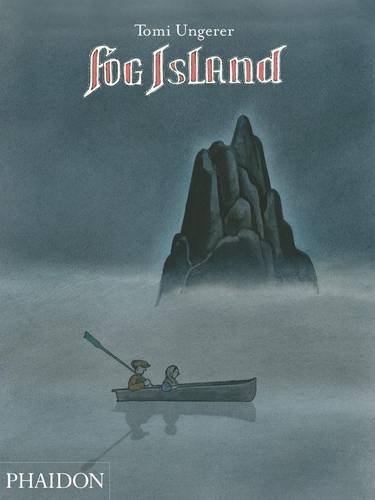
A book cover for Fog Island; Tomi Ungerer; Children's Books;